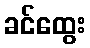
ခင်ထွေး